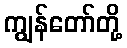
ကျွန်တော်တို့